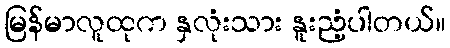
မြန်မာလူထုက နှလုံးသား နူးညံ့ပါတယ်။